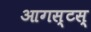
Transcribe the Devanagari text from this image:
आगस्टस्